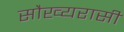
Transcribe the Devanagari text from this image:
सौख्यरासी